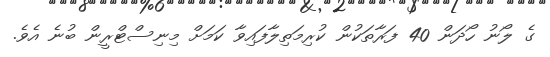
ގެ ލޯނު ހޯދަން 40 ފަރާތަކުން ކުރިމަތިލާފައިވާ ކަމަށް މިނިސްޓްރީން ބުނެ އެވެ.